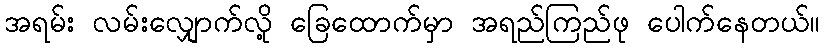
အရမ်း လမ်းလျှောက်လို့ ခြေထောက်မှာ အရည်ကြည်ဖု ပေါက်နေတယ်။